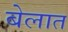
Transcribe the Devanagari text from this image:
बेलात